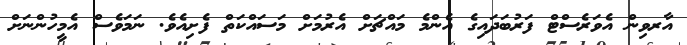
އާރވިން އެވަރެސްޓް ފަރުބަދައިގެ އެންމެ މައްޗަށް އެރުމަށް މަސައްކަތް ފެށިއެވެ. ނަމަވެސް އެމީހުންނަށް